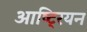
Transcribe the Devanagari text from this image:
आष्ट्रियन